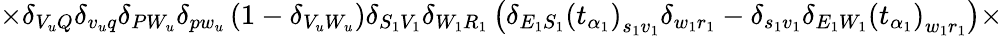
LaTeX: \times\delta_{V_{u}Q}\delta_{v_{u}q}\delta_{PW_{u}}\delta_{pw_{u}}\left(1-\delta_{V_{u}W_{u}}\right)\delta_{S_{1}V_{1}}\delta_{W_{1}R_{1}}\left(\delta_{E_{1}S_{1}}\left(t_{\alpha_{1}}\right)_{s_{1}v_{1}}\delta_{w_{1}r_{1}}-\delta_{s_{1}v_{1}}\delta_{E_{1}W_{1}}\left(t_{\alpha_{1}}\right)_{w_{1}r_{1}}\right)\times